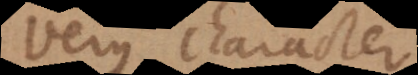
Verus character